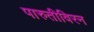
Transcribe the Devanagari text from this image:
पारुतीविरन